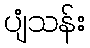
ပျံသန်း